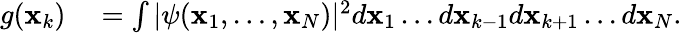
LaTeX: \begin{array}{rl}{g(\mathbf{x}_{k})}&{{}=\int|\psi(\mathbf{x}_{1},\ldots,\mathbf{x}_{N})|^{2}d\mathbf{x}_{1}\ldots{}d\mathbf{x}_{k-1}d\mathbf{x}_{k+1}\ldots{}d\mathbf{x}_{N}.}\end{array}